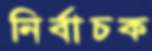
নির্বাচক